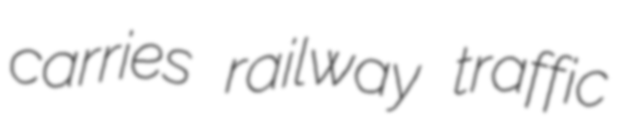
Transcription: carries railway traffic